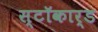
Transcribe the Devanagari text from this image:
स्टॉकार्ड